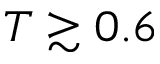
T \gtrsim 0 . 6